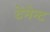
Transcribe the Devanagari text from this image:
टेनेन्ट